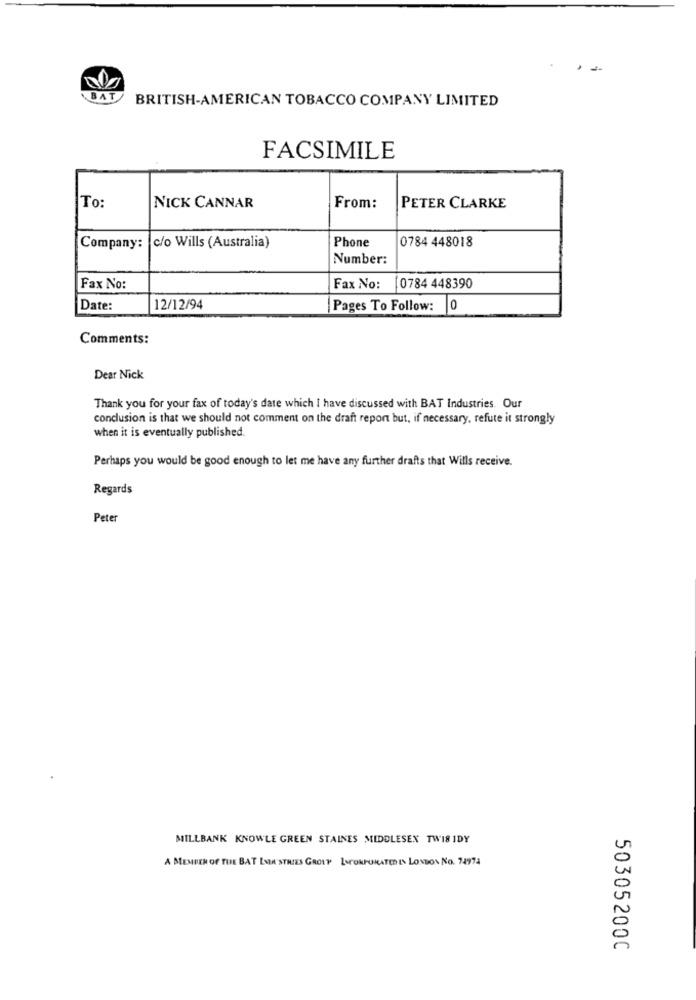
BAT
BRITISH-AMERICAN TOBACCO COMPANY LIMITED
FACSIMILE
To:
NICK CANNAR
From:
PETER CLARKE
c/o Wills (Australia)
Phone
Company:
0784 448018
Number:
Fax No:
Fax No: [0784 448390
Date:
12/12/94
Pages To Follow: 0
Comments:
Dear Nick
Thank you for your fax of today's date which I have discussed with BAT Industries. Our
conclusion is that we should not comment on the draft report but, if necessary, refute it strongly
when it is eventually published.
Perhaps you would be good enough to let me have any further drafts that Wills receive.
Regards
Peter
MILLBANK KNOWLE GREEN STAINES MIDDLESEX TWIS IDY
A MEMBER OF THE BAT ENIA STRIES GROUP LSCORPORATEDIN LONDON NO. 74974
503052000